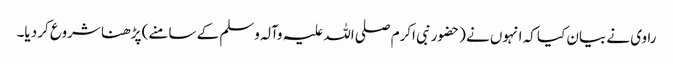
راوی نے بیان کیا کہ انہوں نے (حضورنبی اکرم صلی اللہ علیہ وآلہ وسلم کے سامنے) پڑھنا شروع کر دیا۔